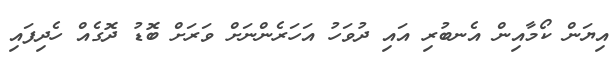
އިޔަން ކޯމާއިން އެނބުރި އައި ދުވަހު އަހަރެންނަށް ވަރަށް ބޮޑު ދޮގެއް ހެދިފައި